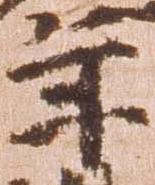
年